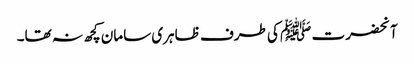
آنحضرت ﷺ کی طرف ظاہری سامان کچھ نہ تھا۔